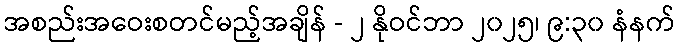
အစည်းအဝေးစတင်မည့်အချိန် - ၂ နိုဝင်ဘာ ၂၀၂၅၊ ၉:၃၀ နံနက်